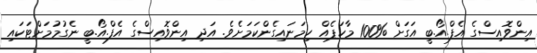
އިންވޮއިސްގެ އެފް.އޯ.ބީ އަގަށް %100 މާކަޕެއް ހިމަނައިގެންކަމަށެވެ. އަދި އިންވޮއިސްގެ އެފް.އޯ.ބީ ނެގުމުމަށްޓަކައި